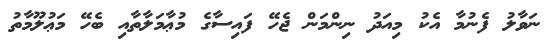
ނަވާލު ފެނުމާ އެކު މިއަދު ނިންމަން ޖެހޭ ފައިސާގެ މުޢާމަލާތާއި ބެހޭ މަޢުލޫމާތު